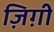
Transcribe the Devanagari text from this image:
ज़िग़ी